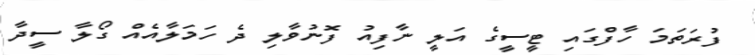
ފުރަތަމަ ހާފްގައި ޓީސީގެ އަލީ ނާފިއު ފޮނުވާލި ދެ ހަމަލާއެއް ގޯލާ ސީދާ